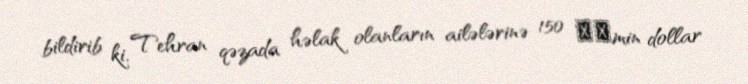
bildirib ki, Tehran qəzada həlak olanların ailələrinə 150 ​​min dollar